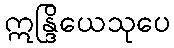
ဣန္ဒြိယေသုပေ